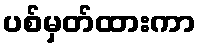
ပစ်မှတ်ထားကာ